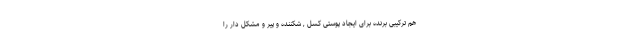
هم ترکیبی برنده برای ایجاد پوستی کسل , شکننده و پیر و مشکل دار را